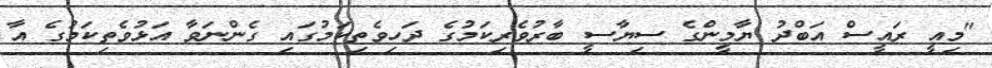
"މިއީ ރައީސް އަބްދު ޔާމީންގެ ސިޔާސީ ބާރުވެރިކަމުގެ ދަހިވެތިކަމުގައި ގެންނަވާ އަޅުވެތިކަމުގެ އާ